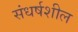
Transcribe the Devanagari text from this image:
संधर्षशील